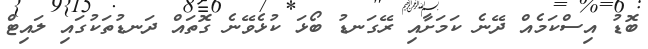
ބޮޑު އިސްކަމެއް ދޭނެ ކަމަށާއި ރޭގަނޑު ބޯޅަ ކުޅެވޭނެ ގޮތައް ދަނޑުތަކުގައި ލައިޓް